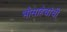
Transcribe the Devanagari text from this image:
भौसाहेबांची